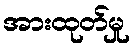
အားထုတ်မှု